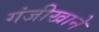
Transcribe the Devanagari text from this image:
गंजीखाने